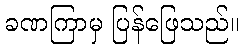
ခဏကြာမှ ပြန်ဖြေသည်။